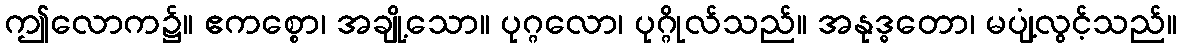
ဤလောက၌။ ဧကစ္စော၊ အချို့သော။ ပုဂ္ဂလော၊ ပုဂ္ဂိုလ်သည်။ အနုဒ္ဓတော၊ မပျံ့လွင့်သည်။